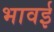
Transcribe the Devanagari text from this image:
भावई